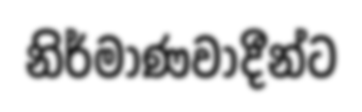
නිර්මාණවාදීන්ට